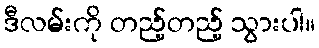
ဒီလမ်းကို တည့်တည့် သွားပါ။